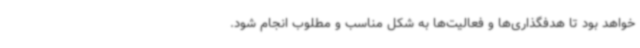
خواهد بود تا هدفگذاری‌ها و فعالیت‌ها به شکل مناسب و مطلوب انجام شود.